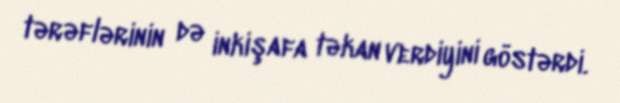
tərəflərinin də inkişafa təkan verdiyini göstərdi.